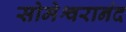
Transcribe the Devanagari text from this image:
सोमेश्वरानंद